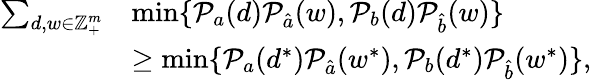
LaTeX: \begin{array}{rl}{\sum_{d,w\in\mathbb{Z}_{+}^{m}}}&{\operatorname*{min}\{ \mathcal{P}_{a}(d)\mathcal{P}_{\hat{a}}(w),\mathcal{P}_{b}(d)\mathcal{P}_{\hat{b}}(w)\} }\\ &{\geq\operatorname*{min}\{ \mathcal{P}_{a}(d^{*})\mathcal{P}_{\hat{a}}(w^{*}),\mathcal{P}_{b}(d^{*})\mathcal{P}_{\hat{b}}(w^{*})\} ,}\end{array}